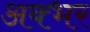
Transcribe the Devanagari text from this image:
अक्भर